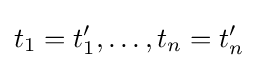
t_{1}=t_{1}',\ldots ,t_{n}=t_{n}'